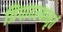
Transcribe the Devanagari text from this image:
त्रिपादस्यामृतं